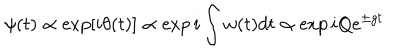
\psi ( t ) \propto \exp [ i \theta ( t ) ] \propto \exp i \int w ( t ) d t \propto \exp i Q e ^ { \pm g t }